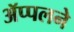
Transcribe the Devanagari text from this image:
ॲप्पलने